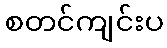
စတင်ကျင်းပ